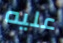
عليه